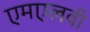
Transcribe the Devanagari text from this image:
एमएलवी